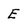
Character: E